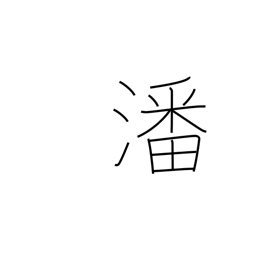
Meaning: water in which rice has been washed